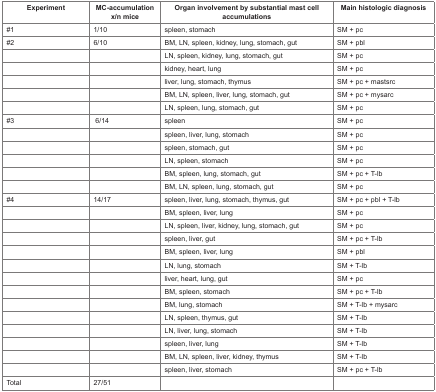
<table><thead><tr><td><b>Experiment</b></td><td><b>MC-accumulation x/n mice</b></td><td><b>Organ involvement by substantial mast cell accumulations</b></td><td><b>Main histologic diagnosis</b></td></tr></thead><tbody><tr><td>#1</td><td>1/10</td><td>spleen, stomach</td><td>SM + pc</td></tr><tr><td>#2</td><td>6/10</td><td>BM, LN, spleen, kidney, lung, stomach, gut</td><td>SM + pbl</td></tr><tr><td></td><td></td><td>LN, spleen, kidney, lung, stomach, gut</td><td>SM + pc</td></tr><tr><td></td><td></td><td>kidney, heart, lung</td><td>SM + pc</td></tr><tr><td></td><td></td><td>liver, lung, stomach, thymus</td><td>SM + pc + mastsrc</td></tr><tr><td></td><td></td><td>BM, LN, spleen, liver, lung, stomach, gut</td><td>SM + pc + mysarc</td></tr><tr><td></td><td></td><td>LN, spleen, lung, stomach, gut</td><td>SM + pc</td></tr><tr><td>#3</td><td>6/14</td><td>spleen</td><td>SM + pc</td></tr><tr><td></td><td></td><td>spleen, liver, lung, stomach</td><td>SM + pc</td></tr><tr><td></td><td></td><td>spleen, stomach, gut</td><td>SM + pc</td></tr><tr><td></td><td></td><td>LN, spleen, stomach</td><td>SM + pc</td></tr><tr><td></td><td></td><td>BM, spleen, lung, stomach, gut</td><td>SM + pc + T-lb</td></tr><tr><td></td><td></td><td>BM, LN, spleen, lung, stomach, gut</td><td>SM + pc</td></tr><tr><td>#4</td><td>14/17</td><td>spleen, liver, lung, stomach, thymus, gut</td><td>SM + pc + pbl + T-lb</td></tr><tr><td></td><td></td><td>BM, spleen, liver, lung</td><td>SM + pc</td></tr><tr><td></td><td></td><td>LN, spleen, liver, kidney, lung, stomach, gut</td><td>SM + pc</td></tr><tr><td></td><td></td><td>spleen, liver, gut</td><td>SM + pc + T-lb</td></tr><tr><td></td><td></td><td>BM, spleen, liver, lung</td><td>SM + pbl</td></tr><tr><td></td><td></td><td>LN, lung, stomach</td><td>SM + T-lb</td></tr><tr><td></td><td></td><td>liver, heart, lung, gut</td><td>SM + pc</td></tr><tr><td></td><td></td><td>BM, spleen, stomach</td><td>SM + pc + T-lb</td></tr><tr><td></td><td></td><td>BM, lung, stomach</td><td>SM + T-lb + mysarc</td></tr><tr><td></td><td></td><td>LN, spleen, thymus, gut</td><td>SM + T-lb</td></tr><tr><td></td><td></td><td>LN, liver, lung, stomach</td><td>SM + T-lb</td></tr><tr><td></td><td></td><td>spleen, liver, lung</td><td>SM + T-lb</td></tr><tr><td></td><td></td><td>BM, LN, spleen, liver, kidney, thymus</td><td>SM + T-lb</td></tr><tr><td></td><td></td><td>spleen, liver, stomach</td><td>SM + pc + T-lb</td></tr><tr><td>Total</td><td>27/51</td><td></td><td></td></tr></tbody></table>